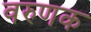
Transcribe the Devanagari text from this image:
वरुणक